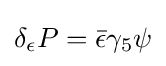
\delta _{\epsilon }P={\bar {\epsilon }}\gamma _{5}\psi